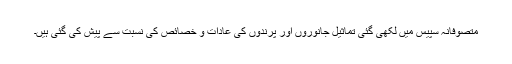
متصوفانہ سپیس میں لکھی گئی تماثیل جانوروں اور پرندوں کی عادات و خصائص کی نسبت سے پیش کی گئی ہیں۔